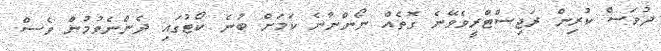
ދުވަސް ކުރިން ރަޖިސްޓްރީވެވޭނެ ގޮތެއް ނޯންނާނެ ކަމަށް ބުނެ ކޯޓުގައި ދެންނެވުމުން ވެސް